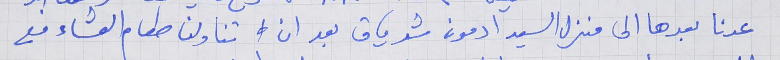
عدنا بعدها الى منزل السيد ادمون شدياق بعد ان  تناولنا طعام العشاء مع